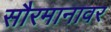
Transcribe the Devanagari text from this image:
सौरमानावर